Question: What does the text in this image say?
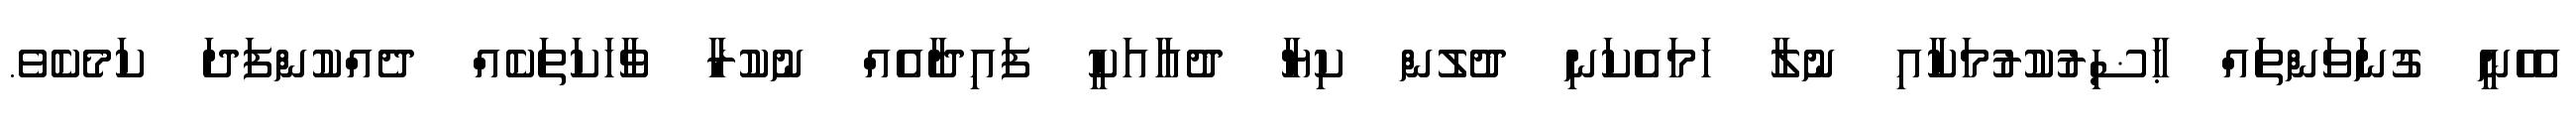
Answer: އެހެނީ ގުނަވަންތައް ޙާޟިރުކުރުމަކާއި ނުލާ ހަމައެކަނި ދުލުން ކިޔާ ދުޢާއަކީ ފައިދާއެއް ނުކުރާ ވާހަކަތަކެއް ދެއްކުންފަދަ ކަމެކެވެ.